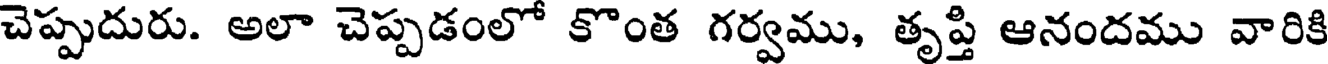
చెప్పుదురు. అలా చెప్పడంలో కొంత గర్వము, తృప్తి ఆనందము వారికి